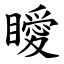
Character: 瞹